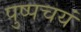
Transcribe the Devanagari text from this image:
पुष्पचयं